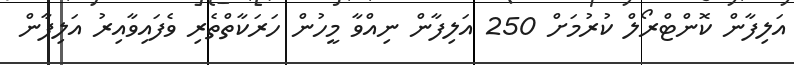
އަލިފާން ކޮންޓްރޯލް ކުރުމަށް 250 އަލިފާން ނިއްވާ މީހުން ހަރަކާތްތެރި ވެފައިވާއިރު އަލިފާން